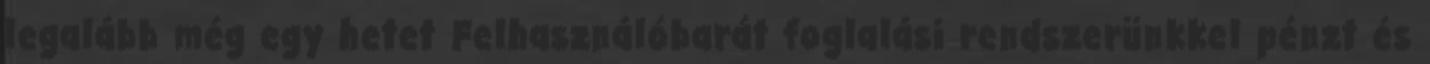
legalább még egy hetet Felhasználóbarát foglalási rendszerünkkel pénzt és